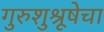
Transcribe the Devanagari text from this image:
गुरुशुश्रूषेचा